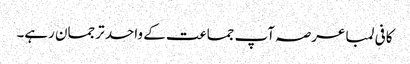
کافی لمبا عرصہ آپ جماعت کے واحد ترجمان رہے۔